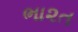
ભા૨ત